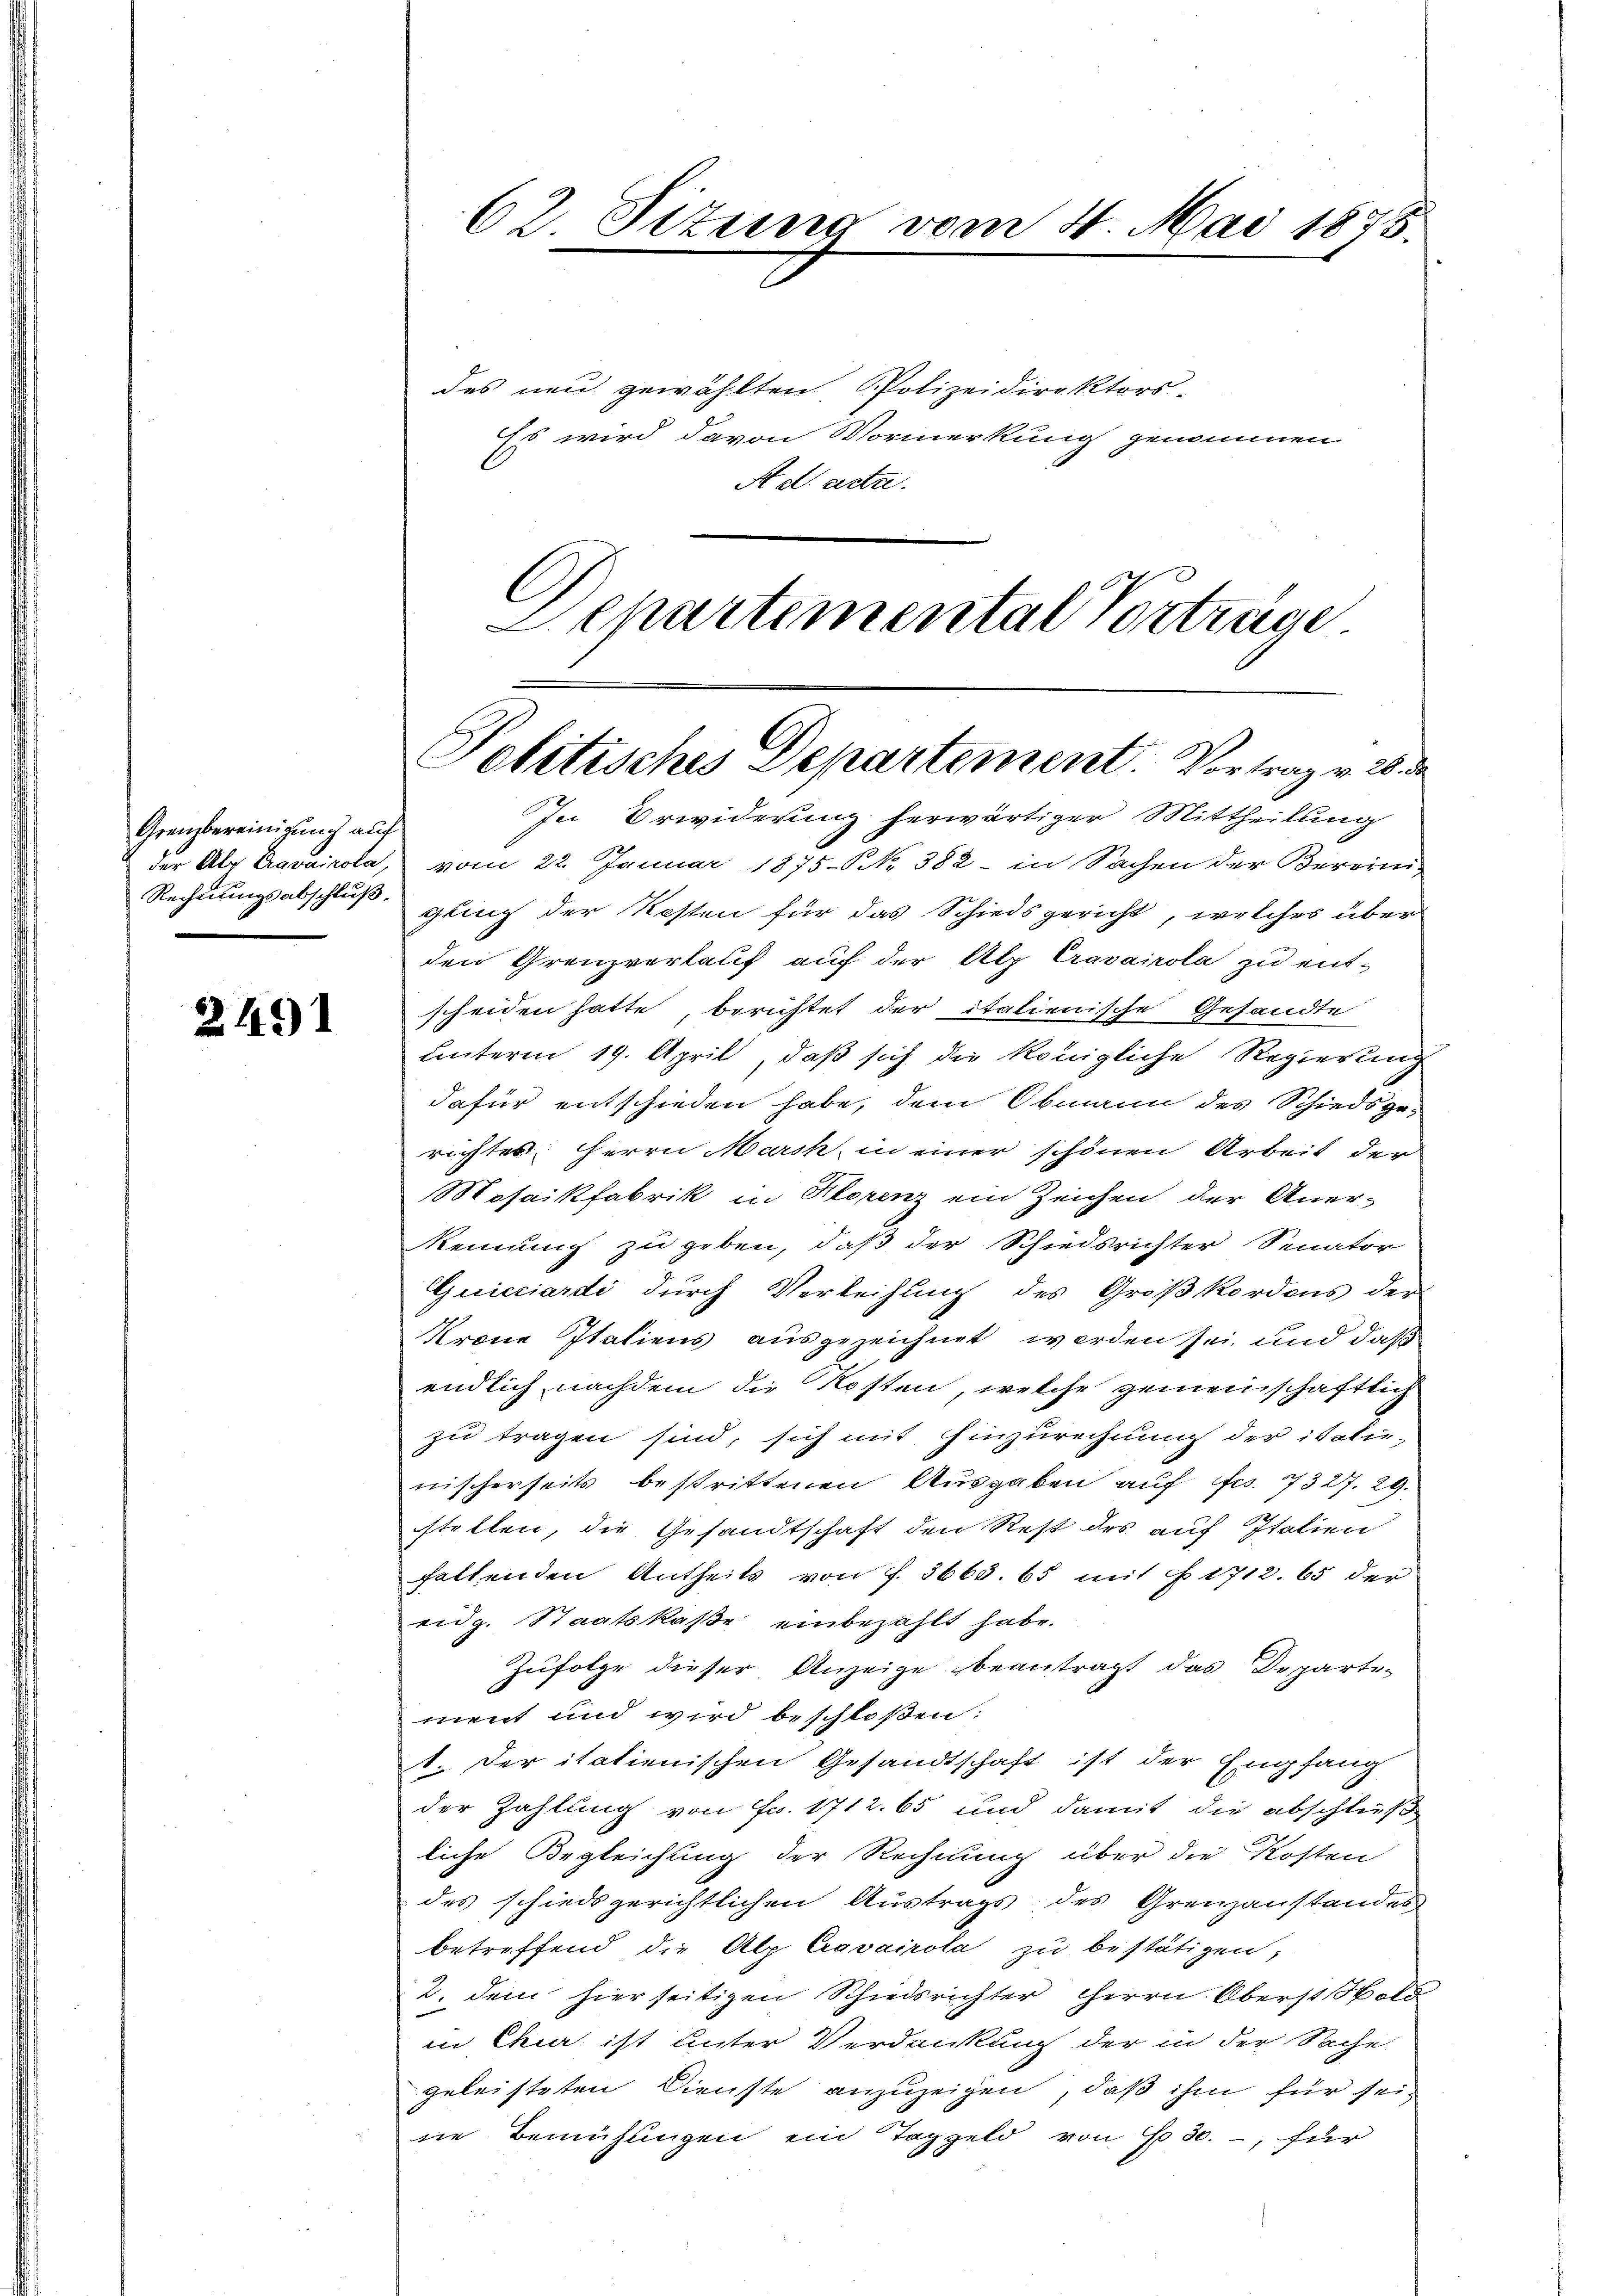
Grenzbereinigung auf
Rechnungsabschluß.

2491

62. Situng vom 4. Mai 1875.

des neu gewählten Polizeidirektors-
Es wird davon Vormerkung genommen
A d acta.
Separtemental Vorträge

Politisches Departement. Vortrag v. 26. de
In Erwiderung herwärtiger Mittheilung

der Als Eravairola, vom 22. Januar 1875. No. 382 - in Sachen der Bereini-
gling der Kosten für das Schiedsgericht, welches über
den Grenzverlauf auf der Alp Cravairola zu ent-
scheiden hatte, berichtet der italienische Gesandte
unterm 19. April, daß sich die königliche Regierung
dafür entschieden habe, dem Obmann des Schiedsgerichtes Herrn March in einer schönen Arbeit der
Mosaikfabrik in Storenz ein Zeichen der Aner-
kennung zu geben, daß der Schiedsrichter Senator
Quicziardi durch Verleihung des Großkordons der
Krone Italiens ausgezeichnet werden sei und daß
endlich nachdem die Kosten, welche gemeinschaftlich
zu tragen sind, sich mit Hinzurechnung der italie-
nischerseits bestrittenen Ausgaben auf fr. 7327. 29.
stellen, die Gesandtschaft den Rest des auf Italien
faltenden Antheils von 7. 3663. 65 mit § 1712. 65 der
eidg. Staatskaße einbezahlt habe.
Zufolge dieser Anzeige beantragt das Departement und wird beschloßen:
1. Der itatienischen Gesandtschaft ist der Empfang
der Zahlung von Fr. 1712. 65 und damit die abschließe
liche Begleichung der Rechnung über die Kosten
des schiedsgerichtlichen Austrags des Grenzanstandes
betreffend, die Alp Cravairota zu bestätigen;
2. dem hierseitigen Schiedsrichter Herrn Oberst Sold
in Chier ist unter Verdankung der in der Sache
geleisteten Dienste anzuzeigen, daß ihm für seine Bemühungen ein Taggeld von No 30. , für